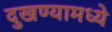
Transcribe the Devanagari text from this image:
दुखण्यामध्ये